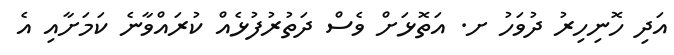
އަދި ހޮނިހިރު ދުވަހު ށ. އަތޮޅަށް ވެސް ދަތުރުފުޅެއް ކުރައްވާނެ ކަމަށާއި އެ